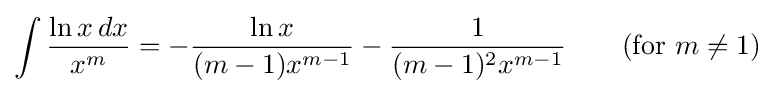
\int {\frac {\ln x\,dx}{x^{m}}}=-{\frac {\ln x}{(m-1)x^{m-1}}}-{\frac {1}{(m-1)^{2}x^{m-1}}}\qquad {\mbox{(for }}m\neq 1{\mbox{)}}